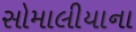
સોમાલીયાના